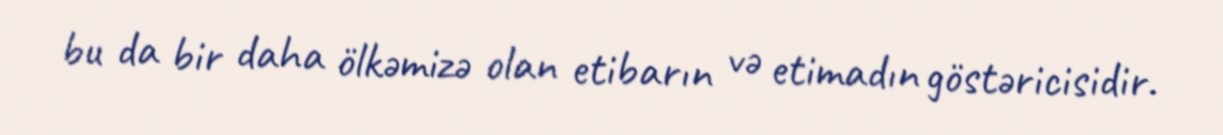
bu da bir daha ölkəmizə olan etibarın və etimadın göstəricisidir.